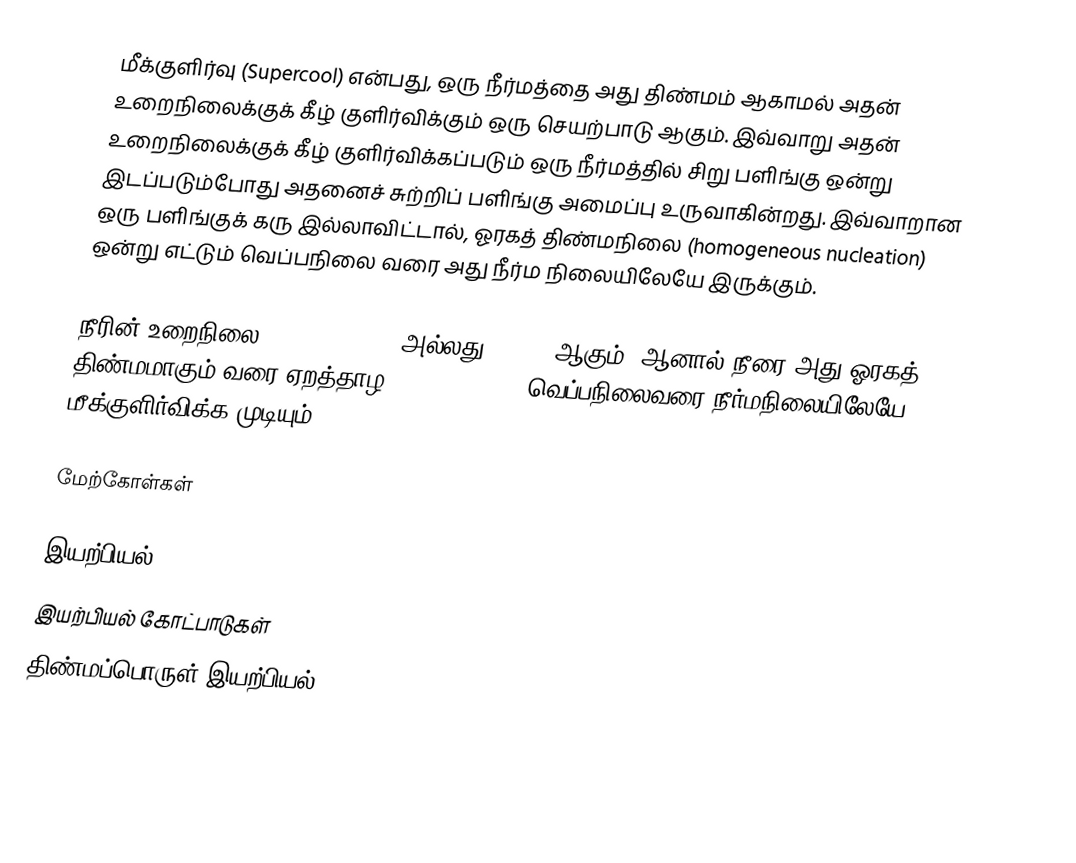
மீக்குளிர்வு (Supercool) என்பது, ஒரு நீர்மத்தை அது திண்மம் ஆகாமல் அதன் உறைநிலைக்குக் கீழ் குளிர்விக்கும் ஒரு செயற்பாடு ஆகும். இவ்வாறு அதன் உறைநிலைக்குக் கீழ் குளிர்விக்கப்படும் ஒரு நீர்மத்தில் சிறு பளிங்கு ஒன்று இடப்படும்போது அதனைச் சுற்றிப் பளிங்கு அமைப்பு உருவாகின்றது. இவ்வாறான ஒரு பளிங்குக் கரு இல்லாவிட்டால், ஓரகத் திண்மநிலை (homogeneous nucleation) ஒன்று எட்டும் வெப்பநிலை வரை அது நீர்ம நிலையிலேயே இருக்கும்.

நீரின் உறைநிலை 273.15 K (0 °C அல்லது 32 °F) ஆகும். ஆனால் நீரை அது ஓரகத் திண்மமாகும் வரை ஏறத்தாழ 231 K (−42 °C) வெப்பநிலைவரை நீர்மநிலையிலேயே மீக்குளிர்விக்க முடியும்.

மேற்கோள்கள்

இயற்பியல்
இயற்பியல் கோட்பாடுகள்
திண்மப்பொருள் இயற்பியல்